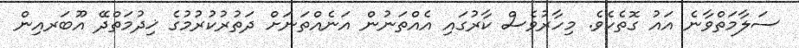
ސަލާމަތްވާނެ އައު ގޮތެކެވެ. މިހާރުވެސް ކާރުގައި އެއްތަނުން އަނެއްތަނަށް ދަތުރުކުރުމުގެ ޚިދުމަތްދޭ އޫބަރއިން